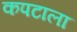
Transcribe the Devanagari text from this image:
कपटाला